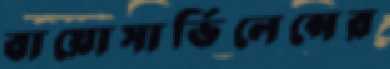
বায়োসার্ভিলেন্সের